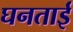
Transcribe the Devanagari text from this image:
घनताई